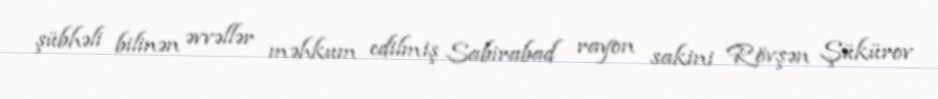
şübhəli bilinən əvvəllər məhkum edilmiş Sabirabad rayon sakini Rövşən Şükürov